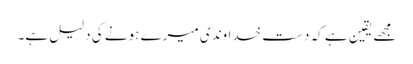
مجھے یقین ہے کہ دستِ خداوندی میرے ہونے کی دلیل ہے۔